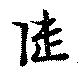
陸